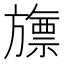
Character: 旚